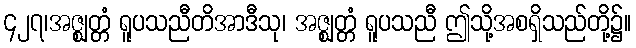
၄၂၇၊အဇ္ဈတ္တံ ရူပသညီတိအာဒီသု၊ အဇ္ဈတ္တံ ရူပသညီ ဤသို့အစရှိသည်တို့၌။